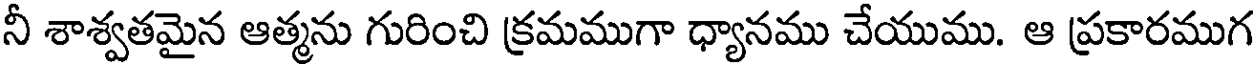
నీ శాశ్వతమైన ఆత్మను గురించి క్రమముగా ధ్యానము చేయుము. ఆ ప్రకారముగ